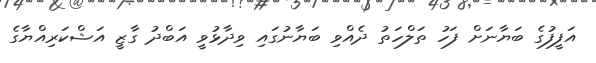
އަފީފުގެ ބަޔާނަށް ފަހު ތަލްހަތު ދެއްވި ބަޔާނުގައި ވިދާޅުވީ އަބްދު ގާޒީ އަޝްކަރިއްޔާގެ